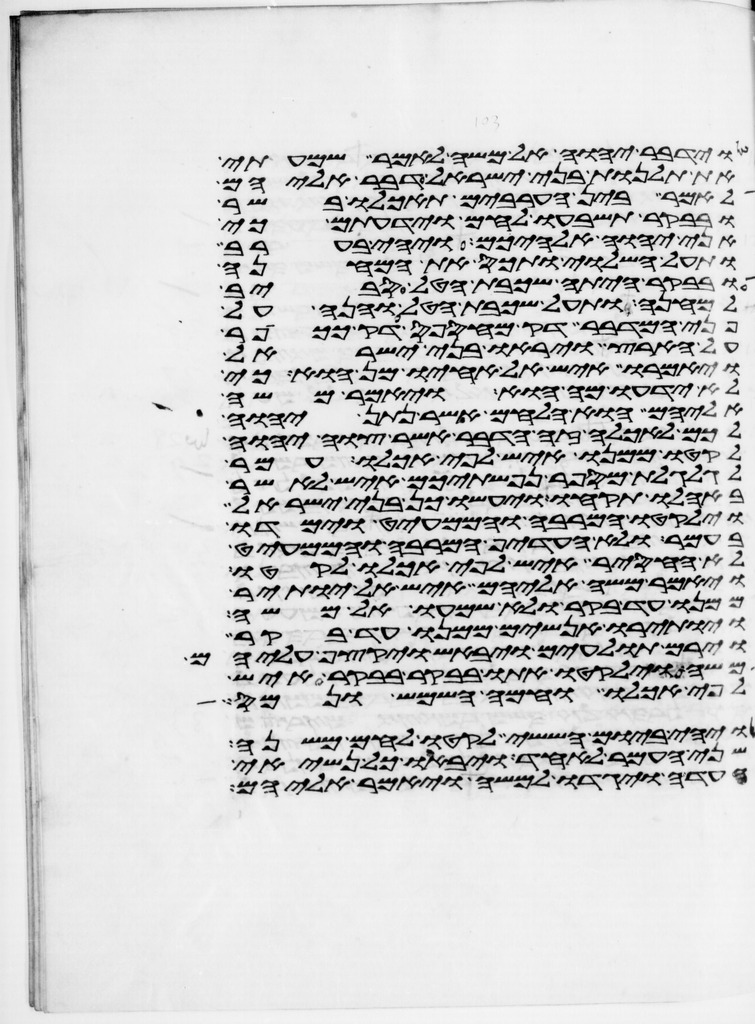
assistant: וידבר יהוה אל משה לאמר שמעתי
את תלנות בני ישראל דבר אליהם
לאמר בין הערבים תאכלו בשר
ובבקר תשבעו לחם וידעתם כי
אני יהוה אלהיכם ויהי בערב
ותעל השלוי ותכס את המחנה
ובבקר היתה שכבת הטל סביב
למחנה ותעל שכבת הטל והנה על
פני המדבר דק מחספס דק ככופר
על הארץ ויראו בני ישראל
ויאמרו איש אל אחיו מן הוא כי
לא ידעו מה הוא ויאמר משה
אליהם הוא הלחם אשר נתן יהוה
לכם לאכלה זה הדבר אשר צוה יהוה
לקטו ממנו איש לפי אכלו עמר
לגלגלת מספר נפשתיכם איש לאשר
באהלו תקחו ויעשו כן בני ישראל
וילקטו המרבה והממעיט וימדו
בעמר ולא העדיף המרבה והממעיט
לא החסיר איש לפי אכלו לקטו
ויאמר משה אליהם איש אל יותיר
ממנו עד בקר ולא שמעו אל משה
ויותירו אנשים ממנו עד בקר
וירם תולעים ויבאש ויקצף עליהם
משה וילקטו אתו בבקר בבקר איש
לפי אכלו וחמה השמש ונמס
ויהי ביום הששי לקטו לחם משנה
שני העמר לאחד ויבאו כל נשיאי
העדה ויגדו למשה ויאמר אליהם